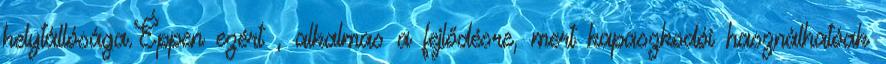
helytállósága.Éppen ezért , alkalmas a fejlődésre, mert kapaszkodói használhatóak